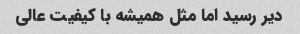
دیر رسید اما مثل همیشه با کیفیت عالی